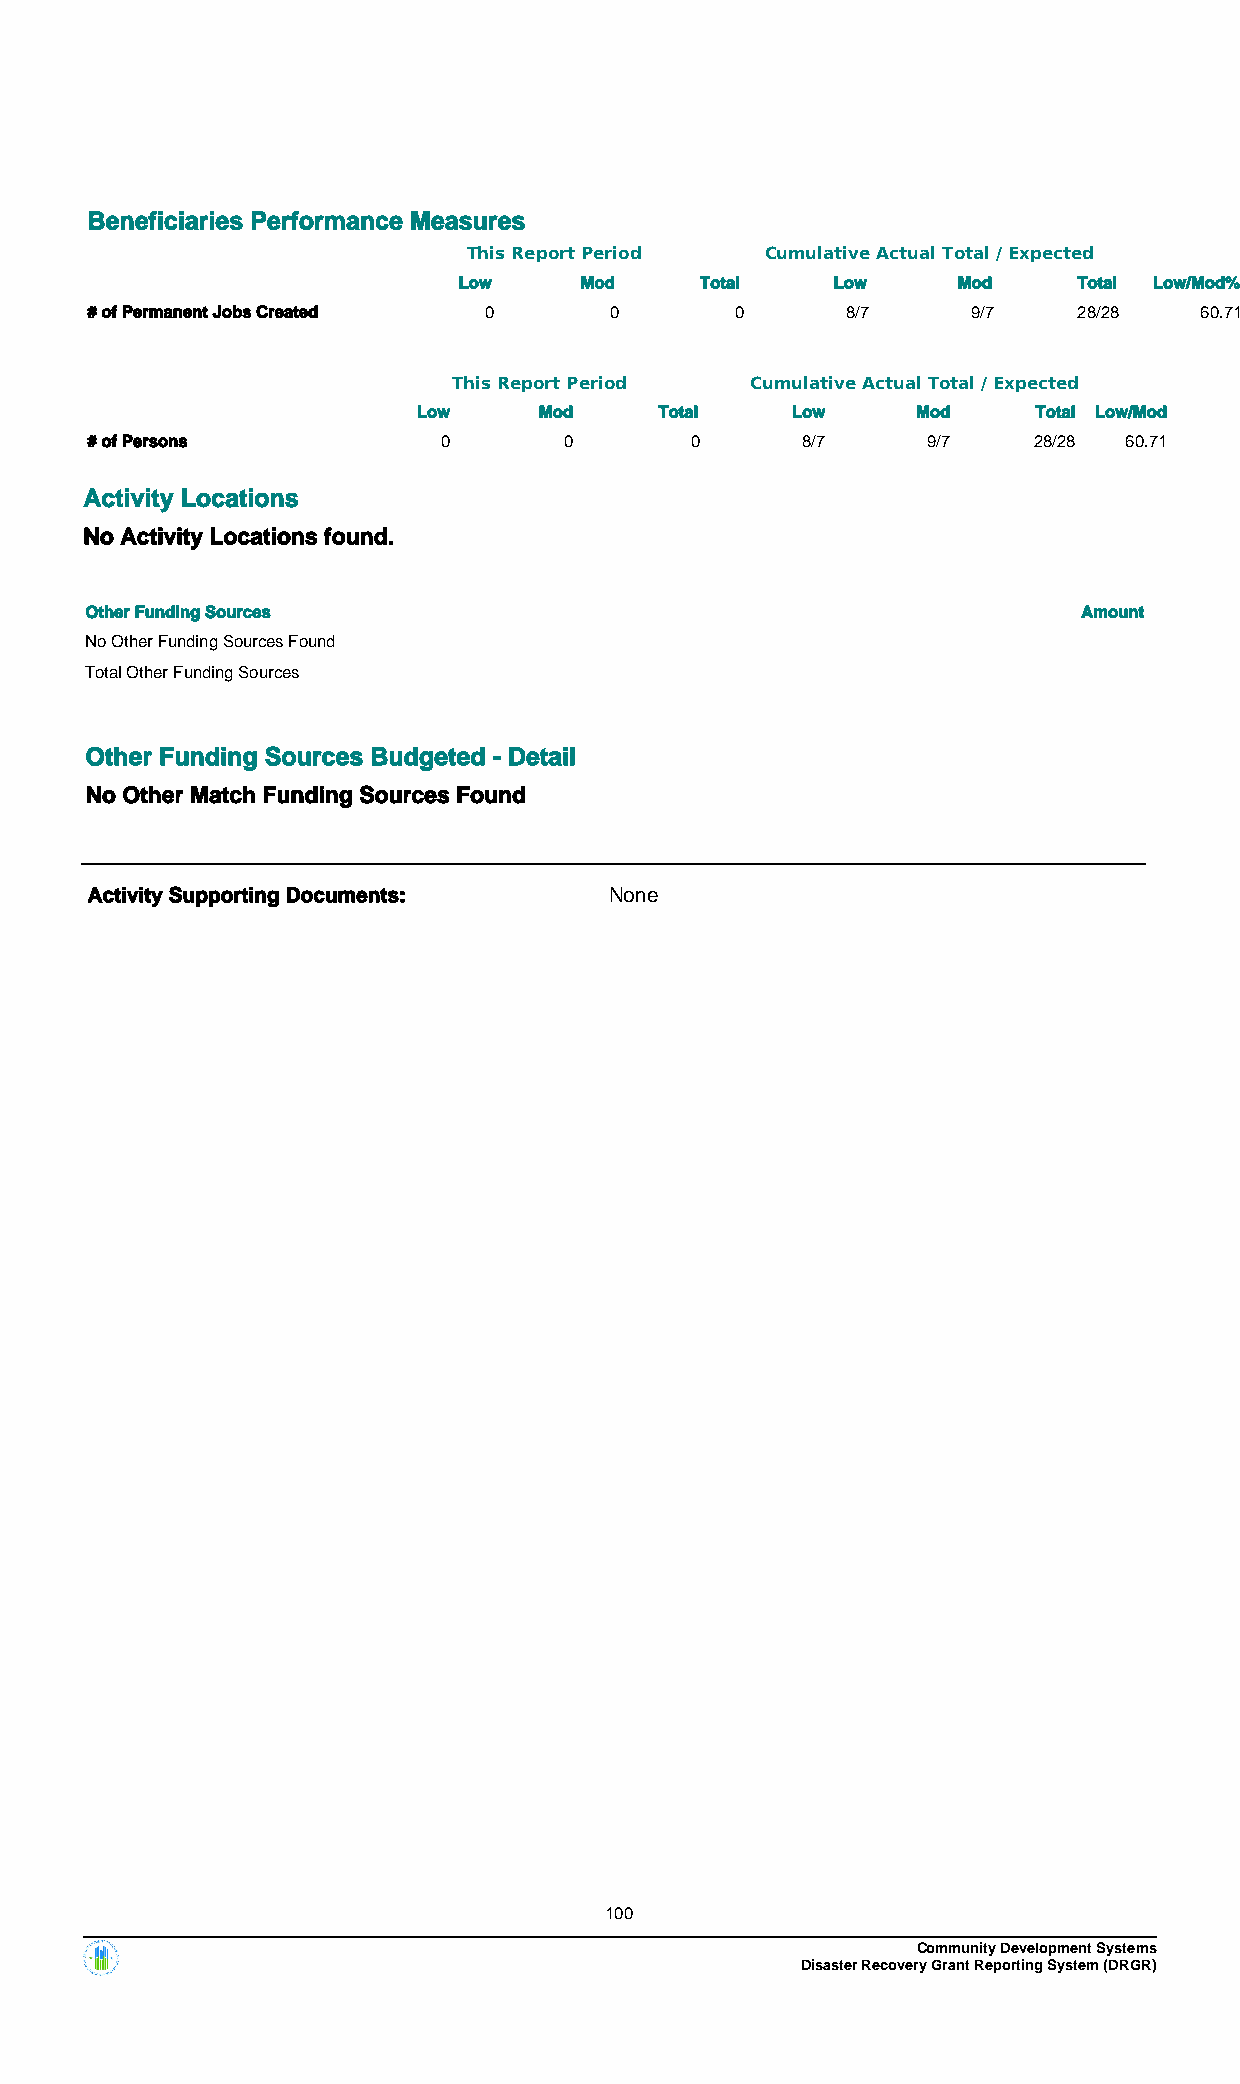
Beneficiaries Performance Measures
 This Report Period  Cumulative Actual Total / Expected
 Low     Mod     Total    Low     Mod     Total Low/Mod%
 # of Permanent Jobs Created 0     0        0      8/7     9/7    28/28   60.71
 This Report Period  Cumulative Actual Total / Expected
 Low     Mod     Total   Low      Mod     Total Low/Mod
 # of Persons           0       0        0      8/7     9/7    28/28 60.71
 Activity Locations
 No Activity Locations found.
 Other Funding Sources                                             Amount
 No Other Funding Sources Found
 Total Other Funding Sources
 Other Funding Sources Budgeted - Detail
 No Other Match Funding Sources Found
 Activity Supporting Documents:    None
 100
 Community Development Systems
 Disaster Recovery Grant Reporting System (DRGR)